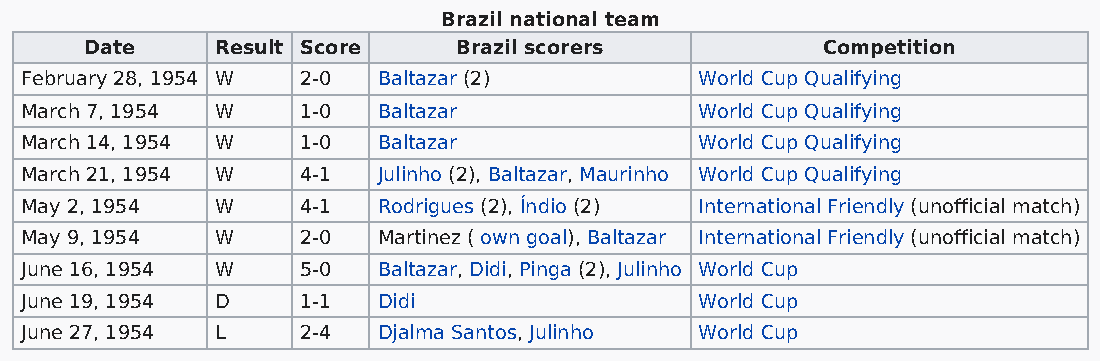
Brazil national team
 Date    Result Score    Brazil scorers          Competition
 February 28, 1954 W 2-0 Baltazar (2)         World Cup Qualifying
 March 7, 1954 W    1-0  Baltazar             World Cup Qualifying
 March 14, 1954 W   1-0  Baltazar             World Cup Qualifying
 March 21, 1954 W   4-1  Julinho (2), Baltazar, Maurinho World Cup Qualifying
 May 2, 1954  W     4-1  Rodrigues (2), Índio (2) International Friendly (unofficial match)
 May 9, 1954  W     2-0  Martinez ( own goal), Baltazar International Friendly (unofficial match)
 June 16, 1954 W    5-0  Baltazar, Didi, Pinga (2), Julinho World Cup
 June 19, 1954 D    1-1  Didi                 World Cup
 June 27, 1954 L    2-4  Djalma Santos, Julinho World Cup